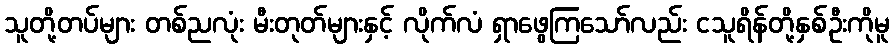
သူတို့တပ်များ တစ်ညလုံး မီးတုတ်များနှင့် လိုက်လံ ရှာဖွေကြသော်လည်း ငသူရိန်တို့နှစ်ဦးကိုမူ